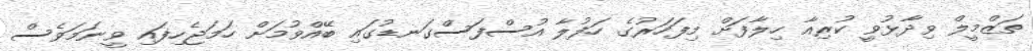
ތަޒްމީލް ވިދާޅުވީ ކުރިއާ ހިލާފަށް މިފަހަރުގެ ހަފުލާ އުސްފަސްގަނޑުގައި ބޭއްވުމަށް ހަަމަޖެހިފައި ވީނަމަވެސް